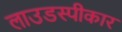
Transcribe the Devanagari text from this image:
लाउडस्पीकार